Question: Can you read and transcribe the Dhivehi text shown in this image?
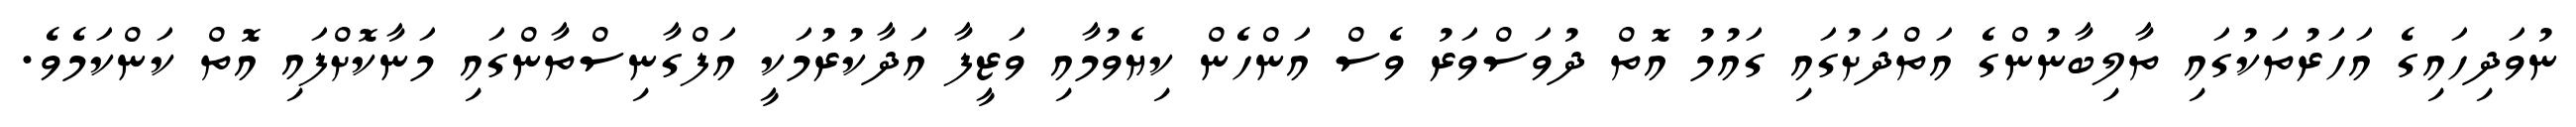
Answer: ނުވަދިހައިގެ އަހަރުތަކުގައި ތާލިބާނުންގެ އަތްދަށުގައި ގައުމު އޮތް ދުވަސްވަރު ވެސް އަންހެން ކިޔެވުމާއި ވަޒީފާ އަދާކުރުމަކީ އަފްގާނިސްތާންގައި މަނާކޮށްފައި އޮތް ކަންކަމެވެ.